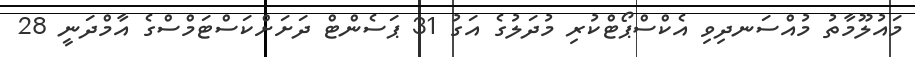
މައުލޫމާތު މުއްސަނދިވި އެކްސްޕޯޓްކުރި މުދަލުގެ އަގު 31 ޕަސެންޓް ދަށަށްކަސްޓަމްސްގެ އާމްދަނީ 28